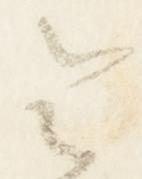
令